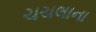
ચચલાના